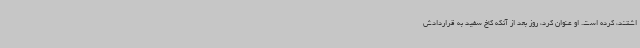
اشتند، کرده است. او عنوان کرد، روز بعد از آنکه کاخ سفید به قراردادش